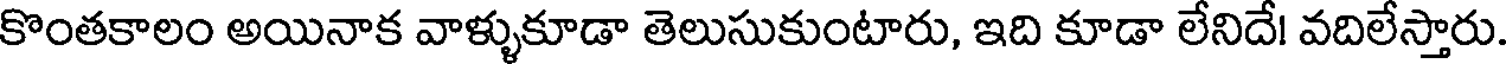
కొంతకాలం అయినాక వాళ్ళుకూడా తెలుసుకుంటారు, ఇది కూడా లేనిదే! వదిలేస్తారు.